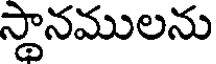
స్థానములను